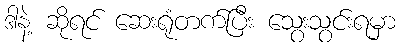
ဒါနဲ့ ဆိုရင် ဆေးရုံတက်ပြီး သွေးသွင်းရမှာ